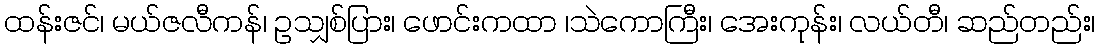
ထန်းဇင်၊ မယ်ဇလီကန်၊ ဥသျှစ်ပြား၊ ဖောင်းကထာ ၊သဲကောကြီး၊ အေးကုန်း၊ လယ်တီ၊ ဆည်တည်း၊